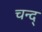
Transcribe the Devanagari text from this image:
चन्द्